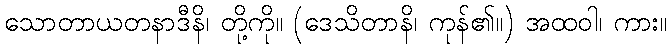
သောတာယတနာဒီနိ၊ တို့ကို။ (ဒေသိတာနိ၊ ကုန်၏။) အထဝါ၊ ကား။